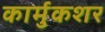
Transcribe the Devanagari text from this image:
कार्मुकशर